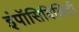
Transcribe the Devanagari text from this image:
इंपॉसिबिलिटी